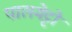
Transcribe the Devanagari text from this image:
पालमेट्टो